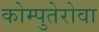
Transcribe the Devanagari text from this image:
कोम्पुतेरोवा